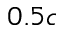
0 . 5 c